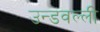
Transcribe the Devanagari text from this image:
उन्डवल्ली